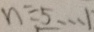
n \div 5 \cdots 1